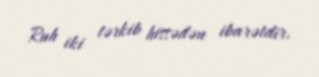
Ruh iki tərkib hissədən ibarətdir.